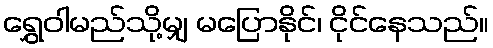
ရွှေဝါမည်သို့မျှ မပြောနိုင်၊ ငိုင်နေသည်။